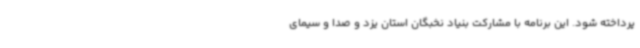
پرداخته شود. این برنامه با مشارکت بنیاد نخبگان استان یزد و صدا و سیمای